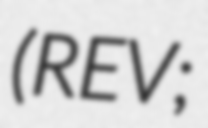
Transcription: (REV;